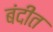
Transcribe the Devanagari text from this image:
बंदीत